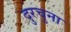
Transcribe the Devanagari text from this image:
दुरचुना